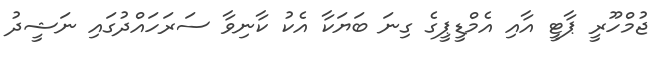
ޖުމްހޫރީ ޕާޓީ އާއި އެމްޑީޕީގެ ގިނަ ބަޔަކާ އެކު ކާނިވާ ސަރަހައްދުގައި ނަޝީދު